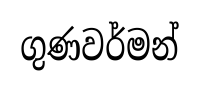
ගුණවර්මන්